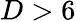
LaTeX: D>6